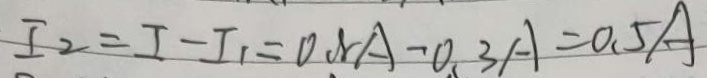
I _ { 2 } = I - I _ { 1 } = 0 . 8 A - 0 . 3 A = 0 . 5 A